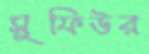
সুফিউর